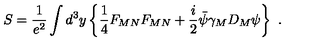
S = \frac { 1 } { e ^ { 2 } } \int d ^ { 3 } y \left\{ \frac { 1 } { 4 } F _ { M N } F _ { M N } + \frac { i } { 2 } \bar { \psi } \gamma _ { M } D _ { M } \psi \right\} \ .